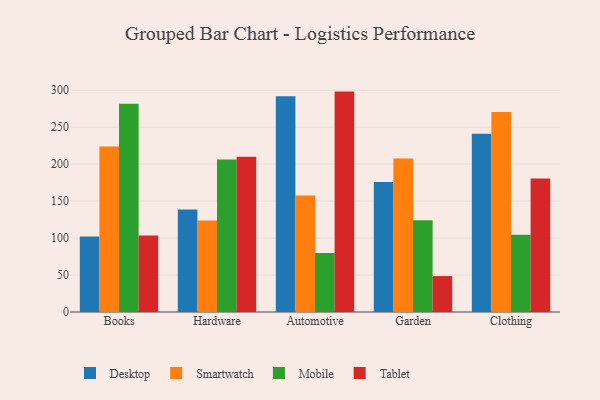
{"axis": {"x": "Category", "y": "LTV (USD)"}, "legend": ["Desktop", "Mobile", "Smartwatch", "Tablet"], "data": [{"x": "Books", "y": 102.1, "type": "Desktop"}, {"x": "Books", "y": 223.7, "type": "Smartwatch"}, {"x": "Books", "y": 281.7, "type": "Mobile"}, {"x": "Books", "y": 103.6, "type": "Tablet"}, {"x": "Hardware", "y": 138.5, "type": "Desktop"}, {"x": "Hardware", "y": 123.8, "type": "Smartwatch"}, {"x": "Hardware", "y": 206.1, "type": "Mobile"}, {"x": "Hardware", "y": 209.8, "type": "Tablet"}, {"x": "Automotive", "y": 291.8, "type": "Desktop"}, {"x": "Automotive", "y": 157.4, "type": "Smartwatch"}, {"x": "Automotive", "y": 79.8, "type": "Mobile"}, {"x": "Automotive", "y": 298.0, "type": "Tablet"}, {"x": "Garden", "y": 175.9, "type": "Desktop"}, {"x": "Garden", "y": 207.4, "type": "Smartwatch"}, {"x": "Garden", "y": 124.1, "type": "Mobile"}, {"x": "Garden", "y": 48.6, "type": "Tablet"}, {"x": "Clothing", "y": 240.9, "type": "Desktop"}, {"x": "Clothing", "y": 270.4, "type": "Smartwatch"}, {"x": "Clothing", "y": 104.4, "type": "Mobile"}, {"x": "Clothing", "y": 180.4, "type": "Tablet"}]}